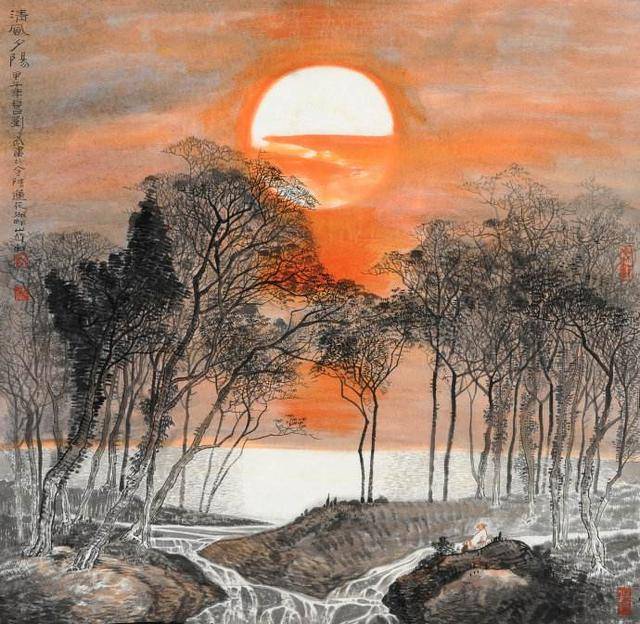
当时明月在，曾照彩云归。